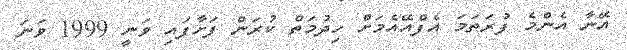
އޭނާ އެންމެ ފުރަތަމަ އެފްއޭއެމަށް ހިދުމަތް ކުރަން ފަށާފައި ވަނީ 1999 ވަނަ